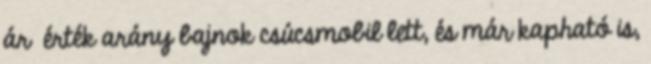
ár érték arány bajnok csúcsmobil lett, és már kapható is,